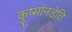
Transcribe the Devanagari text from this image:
कुष्मांनडेति